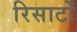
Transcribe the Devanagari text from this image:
रिसार्टों